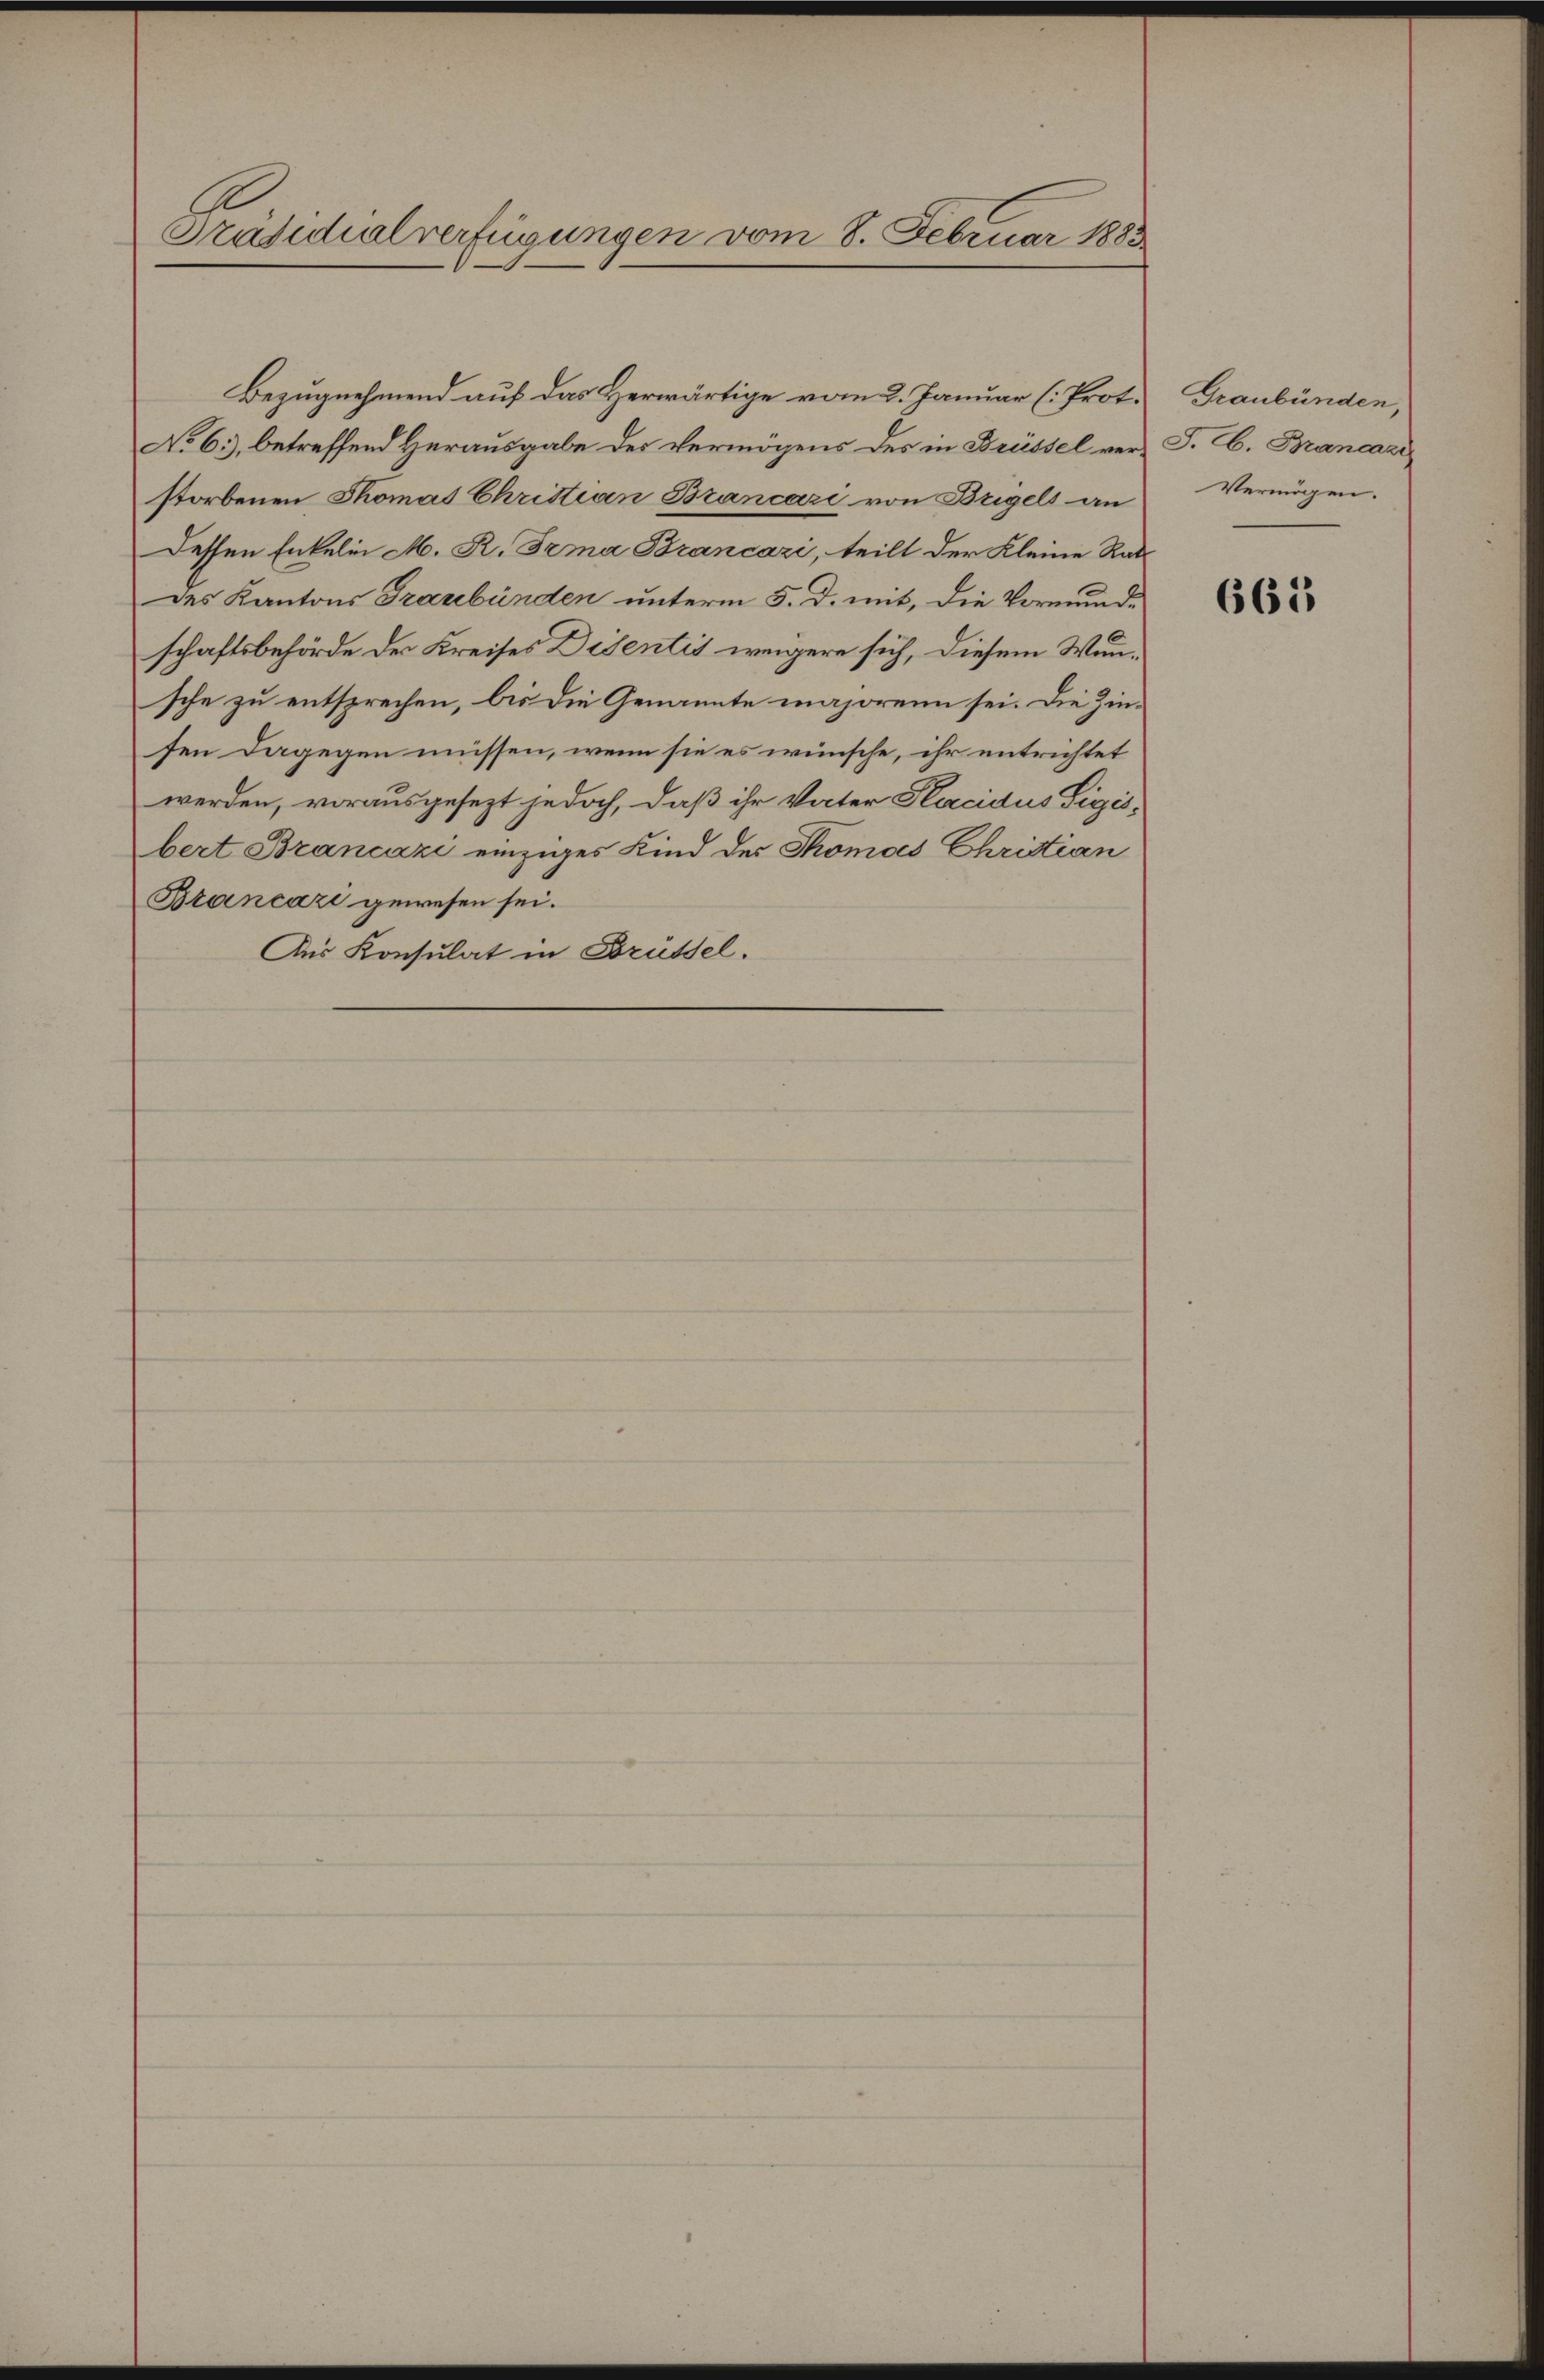
Präsidialverfügungen vom 8. Februar 1883

Bezugnehmend auf das Herwärtige vom 2. Januar (Prot.
No 6., betreffend Herausgabe des Vermögens des in Brüssel verstorbenen Thomas Christian Brancari von Bregels an
Dessen Enkelin M. R. Trma Brancazi, teilt der Kleine Rats
Des Kantons Graubünden unterm 5. d. mit, die Vormundschaftsbehörde der Kreises Disentis weigere sich, diesem Wunsche zu entsprechen, bis die Genannte majorenn sei. Die Zinsen dagegen müssen, wenn sie es wünsche, ihr entrichtet
werden, vorausgesezt jedoch, daß ihr Vater Placidus Sigisbert Brancazi einziges Kind der Thomas Christian
Biancazi gewesen sei.
Aus Konsulat in Brüssel.

Graubünden,
J. lb. Brancare
Vermögen.

665